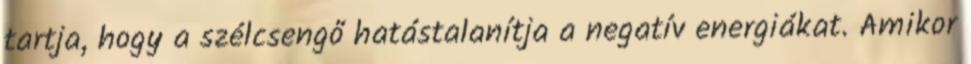
tartja, hogy a szélcsengő hatástalanítja a negatív energiákat. Amikor